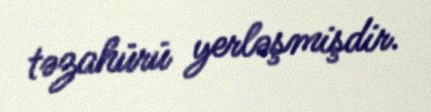
təzahürü yerləşmişdir.